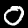
Digit: 0